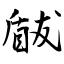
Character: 瞂